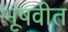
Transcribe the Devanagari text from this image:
भूषवीत